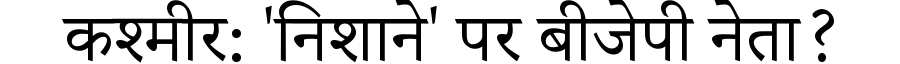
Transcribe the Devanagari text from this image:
कश्मीर: 'निशाने' पर बीजेपी नेता?